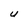
Character: U